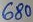
Text: 680